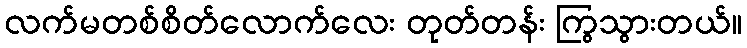
လက်မတစ်စိတ်လောက်လေး တုတ်တန်း ကြွသွားတယ်။